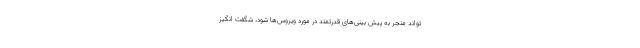
‌تواند منجر به پیش بینی‌های قدرتمند در مورد ویروس‌ها شود، شگفت انگیز